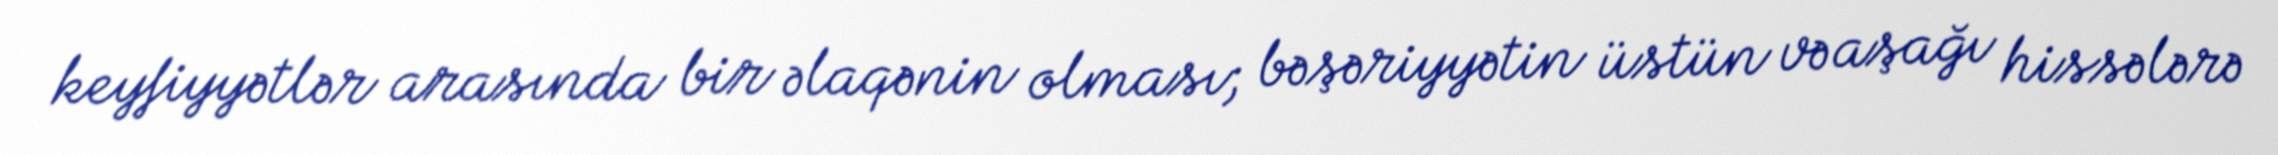
keyfiyyətlər arasında bir əlaqənin olması; bəşəriyyətin üstün və aşağı hissələrə